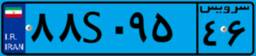
۸۸S۰۹۵۴۶